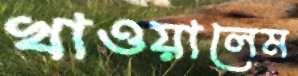
খাওয়ালেম